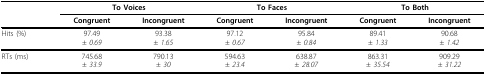
|  | <COLSPAN=2> To Voices | <COLSPAN=2> To Faces | <COLSPAN=2> To Both |
 |  | Congruent | Incongruent | Congruent | Incongruent | Congruent | Incongruent |
 | --- | --- | --- | --- | --- | --- | --- |
 | Hits (%) | 97.49 ± 0.69 | 93.38 ± 1.65 | 97.12 ± 0.67 | 95.84 ± 0.84 | 89.41 ± 1.33 | 90.68 ± 1.42 |
 | RTs (ms) | 745.68 ± 33.9 | 790.13 ± 30 | 594.63 ± 23.4 | 638.87 ± 28.07 | 863.31 ± 35.54 | 909.29 ± 31.22 |